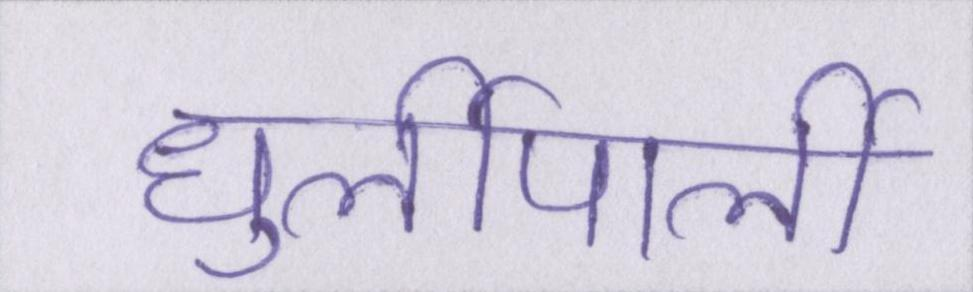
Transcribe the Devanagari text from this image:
धुर्लीपार्ली